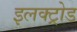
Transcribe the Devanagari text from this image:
इलक्ट्रोड